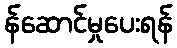
န်ဆောင်မှုပေးရန်